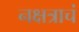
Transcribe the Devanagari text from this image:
नक्षत्राचं